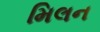
મિલન